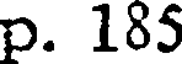
p. 185